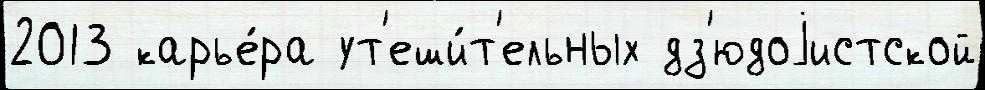
2013 карье́ра ут'еши́т'ельных дз'юдоjистской